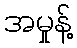
အမှုန့်